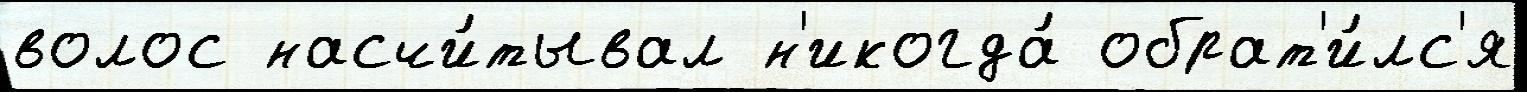
волос насчи́тывал н'икогда́ обрат'и́лс'я